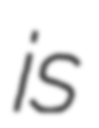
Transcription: is